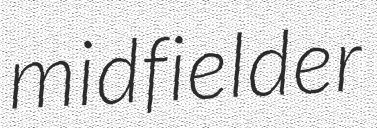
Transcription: midfielder